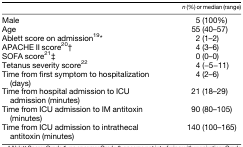
<table><thead><tr><td></td><td><b><i>n</i> (%) or median (range)</b></td></tr></thead><tbody><tr><td>Male</td><td>5 (100%)</td></tr><tr><td>Age</td><td>55 (40–57)</td></tr><tr><td>Ablett score on admission<sup>19</sup>*</td><td>2 (1–2)</td></tr><tr><td>APACHE II score<sup>20</sup>†</td><td>4 (3–6)</td></tr><tr><td>SOFA score<sup>21</sup>‡</td><td>0 (0–0)</td></tr><tr><td>Tetanus severity score<sup>22</sup></td><td>4 (−5−11)</td></tr><tr><td>Time from first symptom to hospitalization (days)</td><td>4 (2–6)</td></tr><tr><td>Time from hospital admission to ICU admission (minutes)</td><td>21 (18–29)</td></tr><tr><td>Time from ICU admission to IM antitoxin (minutes)</td><td>90 (80–105)</td></tr><tr><td>Time from ICU admission to intrathecal antitoxin (minutes)</td><td>140 (100–165)</td></tr></tbody></table>